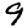
Digit: 9